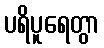
ပရိပူရေတွာ